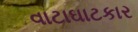
વાટાઘાટકાર